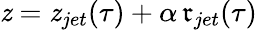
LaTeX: \mathit{z}=\mathit{z}_{jet}(\tau)+\alpha\, \mathfrak{r}_{jet}(\tau)